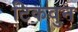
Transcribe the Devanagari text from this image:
टिकवुन